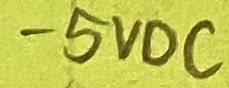
Text: -5VDC